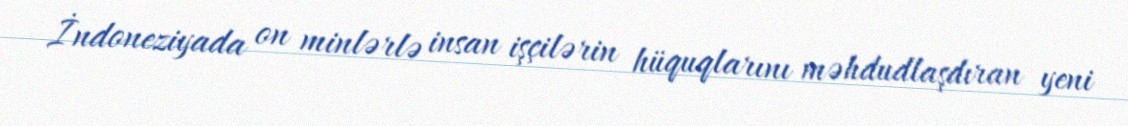
İndoneziyada on minlərlə insan işçilərin hüquqlarını məhdudlaşdıran yeni